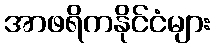
အာဖရိကနိုင်ငံများ